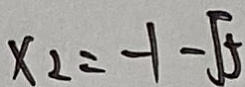
x _ { 2 } = - 1 - \sqrt { 5 }